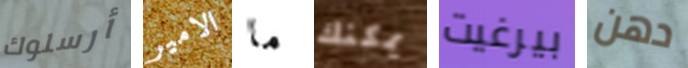
أرسلوك الامير ما يمكنك بيرغيت دهن